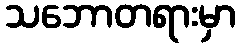
သဘောတရားမှာ